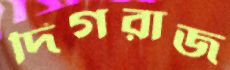
দিগরাজ